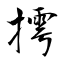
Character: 摴